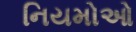
નિયમોઓ